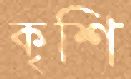
কৃশি